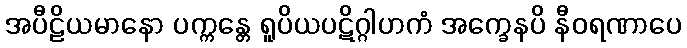
အပီဠိယမာနော ပက္ကန္တေ ရူပိယပဋိဂ္ဂါဟကံ အက္ခေနပိ နီဝရဏာပေ